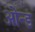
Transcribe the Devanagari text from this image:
ओन्ड